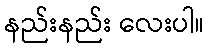
နည်းနည်း လေးပါ။